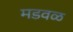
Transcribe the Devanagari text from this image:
मडवळ